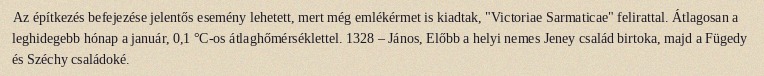
Az építkezés befejezése jelentős esemény lehetett, mert még emlékérmet is kiadtak, "Victoriae Sarmaticae" felirattal. Átlagosan a leghidegebb hónap a január, 0,1 °C-os átlaghőmérséklettel. 1328 – János, Előbb a helyi nemes Jeney család birtoka, majd a Fügedy és Széchy családoké.